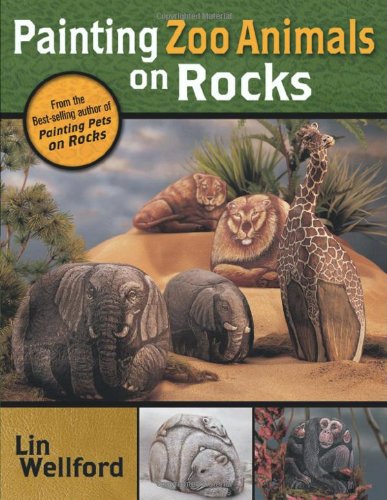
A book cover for Painting Zoo Animals on Rocks; Lin Wellford; Arts & Photography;